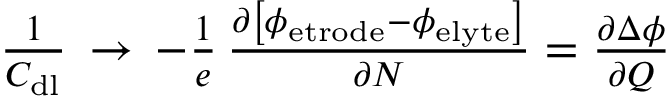
\begin{array} { r } { \frac { 1 } { C _ { \mathrm { d l } } } \, \rightarrow \, - \frac { 1 } { e } \, \frac { \partial \left[ \phi _ { \mathrm { e t r o d e } } - \phi _ { \mathrm { e l y t e } } \right] } { \partial N } = \frac { \partial \Delta \phi } { \partial Q } } \end{array}